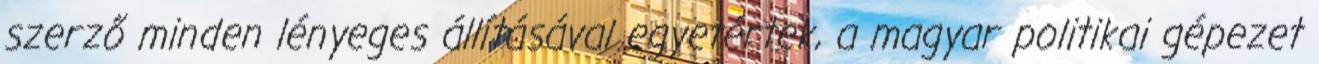
szerző minden lényeges állításával egyetértek, a magyar politikai gépezet